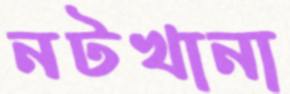
নটখানা